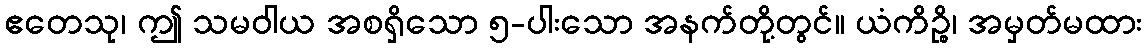
ဧတေသု၊ ဤ သမဝါယ အစရှိသော ၅-ပါးသော အနက်တို့တွင်။ ယံကိဉ္စိ၊ အမှတ်မထား